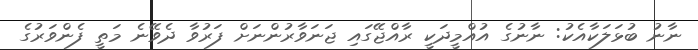
ނާނު ބުޅަލަކާއެކު: ނާނުގެ އުއްމީދަކީ ރާއްޖޭގައި ޖަނަވާރުންނަށް ފަރުވާ ދެވޭނެ މަތީ ފެންވަރުގެ